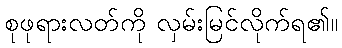
စုဖုရားလတ်ကို လှမ်းမြင်လိုက်ရ၏။